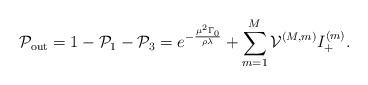
LaTeX: \begin{align*}\mathcal{P}_{\textrm{out}}&=1-\mathcal{P}_1-\mathcal{P}_3= e^{-\frac{\mu^2_{}\Gamma_0}{\rho\lambda_{}}}+\sum^M_{m=1} \mathcal{V}^{(M,m)}I_+^{(m)}.\end{align*}